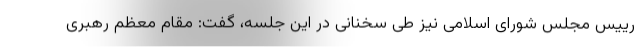
رییس مجلس شورای اسلامی نیز طی سخنانی در این جلسه، گفت: مقام معظم رهبری